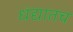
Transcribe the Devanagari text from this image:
धंद्यातच